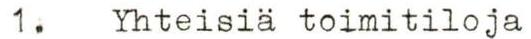
1. Yhteisiä toimitiloja